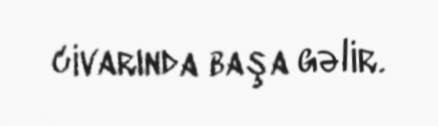
civarında başa gəlir.